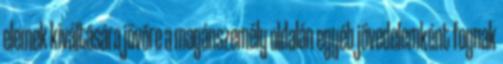
elemek kiváltására jövőre a magánszemély oldalán egyéb jövedelemként fognak